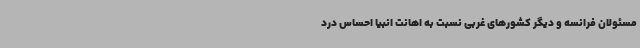
مسئولان فرانسه و دیگر کشورهای غربی نسبت به اهانت انبیا احساس درد